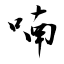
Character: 喃